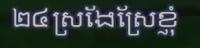
២៤ ស្រងែស្រែខ្ញុំ